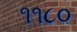
૧૧૮૦